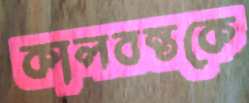
কালবন্তকে